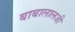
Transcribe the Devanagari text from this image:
बाबालालजी